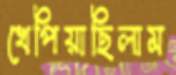
খেপিয়াছিলাম